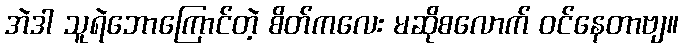
အဲဒါ သူရဲဘောကြောင်တဲ့ စိတ်ကလေး မဆိုစလောက် ဝင်နေတာဗျ။